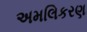
અમલિકરણ